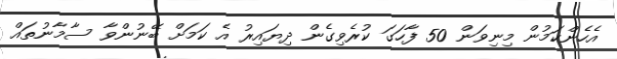
އެހެންކަމުން މިނިވަން 50 ފާހަގަ ކުރެވިގެން ދިޔައިރު އެ ކަމަށް ބޭނުންވާ ސާމާނުތައް